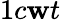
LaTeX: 1c\mathbf{w}t